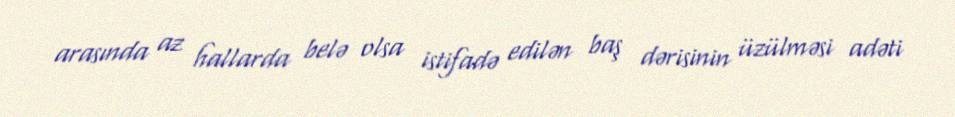
arasında az hallarda belə olsa istifadə edilən baş dərisinin üzülməsi adəti